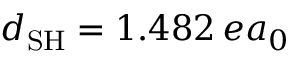
d _ { \mathrm { S H } } = 1 . 4 8 2 \, e a _ { 0 }